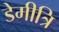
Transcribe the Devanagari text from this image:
डेमीत्रि